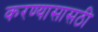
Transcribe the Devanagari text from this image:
करण्यासासठी